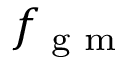
f _ { \textrm { g m } }